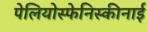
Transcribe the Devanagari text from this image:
पेलियोस्फेनिस्कीनाई